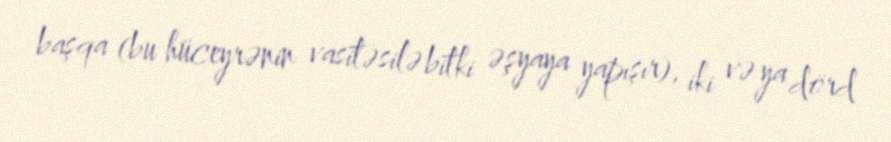
başqa (bu hüceyrənin vasitəsilə bitki əşyaya yapışır), iki və ya dörd